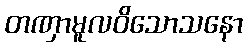
တဏှာမူလဝိသောသနော